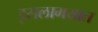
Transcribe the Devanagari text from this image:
इसलामयात